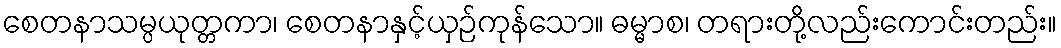
စေတနာသမ္ပယုတ္တကာ၊ စေတနာနှင့်ယှဉ်ကုန်သော။ ဓမ္မာစ၊ တရားတို့လည်းကောင်းတည်း။